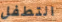
التطفل